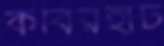
কবিরহাট